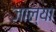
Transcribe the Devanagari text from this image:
जाल्या